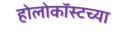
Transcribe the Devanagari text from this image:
होलोकॉस्टच्या